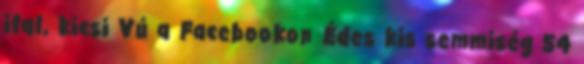
ital, kicsi Vú a Facebookon Édes kis semmiség 54